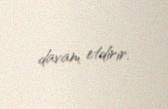
davam etdirir.